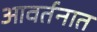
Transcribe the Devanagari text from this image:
आवर्तनात